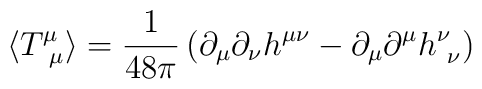
\langle T^{\mu}_{\ \mu} \rangle = \frac{1}{48\pi}\left( \partial_{\mu}\partial_{\nu}h^{\mu\nu}-\partial_{\mu}\partial^{\mu}h^{\nu}_{\ \nu}\right)